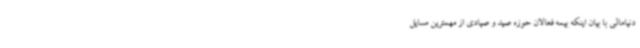
دنیامالی با بیان اینکه بیمه فعالان حوزه صید و صیادی از مهمترین مسایل